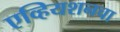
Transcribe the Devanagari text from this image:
एव्हियशनचा